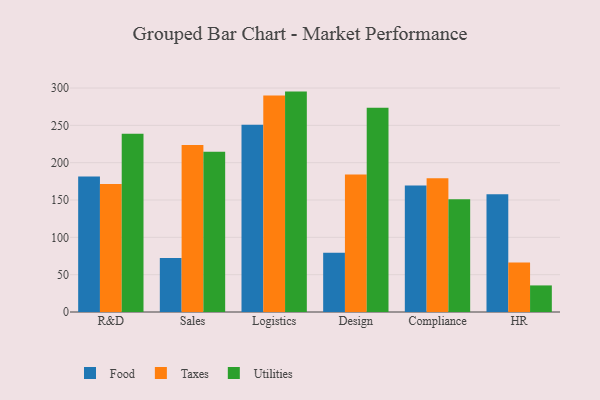
{"axis": {"x": "Department", "y": "Conversion Rate (%)"}, "legend": ["Food", "Taxes", "Utilities"], "data": [{"x": "R&D", "y": 181.4, "type": "Food"}, {"x": "R&D", "y": 171.6, "type": "Taxes"}, {"x": "R&D", "y": 238.7, "type": "Utilities"}, {"x": "Sales", "y": 72.2, "type": "Food"}, {"x": "Sales", "y": 223.7, "type": "Taxes"}, {"x": "Sales", "y": 214.8, "type": "Utilities"}, {"x": "Logistics", "y": 250.9, "type": "Food"}, {"x": "Logistics", "y": 290.1, "type": "Taxes"}, {"x": "Logistics", "y": 295.2, "type": "Utilities"}, {"x": "Design", "y": 79.3, "type": "Food"}, {"x": "Design", "y": 184.1, "type": "Taxes"}, {"x": "Design", "y": 273.7, "type": "Utilities"}, {"x": "Compliance", "y": 169.4, "type": "Food"}, {"x": "Compliance", "y": 179.3, "type": "Taxes"}, {"x": "Compliance", "y": 150.9, "type": "Utilities"}, {"x": "HR", "y": 157.7, "type": "Food"}, {"x": "HR", "y": 66.3, "type": "Taxes"}, {"x": "HR", "y": 35.6, "type": "Utilities"}]}